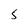
Character: 5